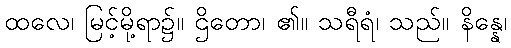
ထလေ၊ မြင့်မို့ရာ၌။ ဌိတော၊ ၏။ သရီရံ၊ သည်။ နိန္နေ၊